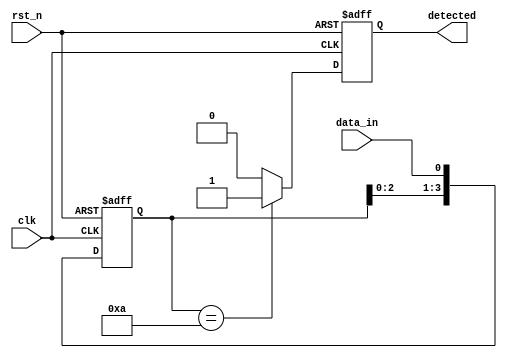
module pattern_detector #(
    parameter PATTERN_LENGTH = 4, // Length of the pattern to be detected
    parameter PATTERN = 4'b1010    // The predefined pattern to detect
)(
    input wire clk,                // Clock signal
    input wire rst_n,              // Active-low reset signal
    input wire data_in,            // Input data signal
    output reg detected             // Output signal indicating the pattern detection
);

    // Internal storage for the shift register
    reg [PATTERN_LENGTH-1:0] shift_reg;

    // Sequential logic for the shift register
    always @(posedge clk or negedge rst_n) begin
        if (!rst_n) begin
            shift_reg <= 0;          // Reset shift register
            detected <= 0;           // Reset detected signal
        end else begin
            shift_reg <= {shift_reg[PATTERN_LENGTH-2:0], data_in}; // Shift in the new data
            // Check for pattern detection
            if (shift_reg == PATTERN) begin
                detected <= 1;        // Pattern detected
            end else begin
                detected <= 0;        // No pattern detected
            end
        end
    end

endmodule